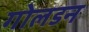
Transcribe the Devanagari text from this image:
गोलडन